Vital statistics of India. Vol. IV, Annual returns from 1871 to 1876. British Army of India, Native Army and jails of Bengal
Year: 1871
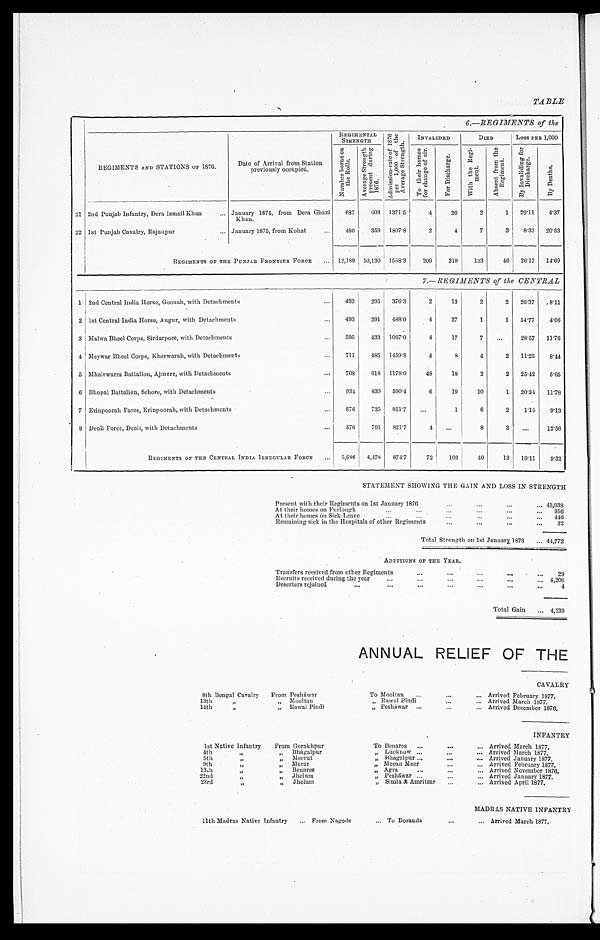
TABLE
6.—REGIMENTS of the
REGIMENTS AND STATIONS OF 1876.
Date of Arrival from Station
previously occupied.
REGIMENTAL STRENGTH
A d m i s s i o n - r a t e o f 1 8 7 6
p e r 1 , 0 0 0 o f t h e
A v e r a g e S t r e n g t h . INVALIDED
DIED
Loss PER 1,000
N u m b e r b o r n e o n
t h e R o l l s .
A v e r a g e S t r e n g t h
p r e s e n t d u r i n g
1876.
T o t h e i r h o m e s
f o r c h a n g e o f a i r .
F o r D i s c h a r g e .
W i t h t h e R e g i -
ment .
A b s e n t f r o m t h e
R e g i m e n t .
B y I n v a l i d i n g f o r
D i s c h a r g e .
B y D e a t h s .
21 2nd Punj ab I nf ant r y, Der a I smai l Khan
January 1875, from Dera Ghazi
Khan.
687 603 1371.5
4 20
2
1 29.11 4.37
22 1st Punjab Cavalry, Rajanpur January 1875, from Kohat
480 359 1807.8
2
4
7
3 8.33 20.83
REGIMENTS OFT H E P U N J A B
F R O N T I E R
FORCE
12,189 10,130 1568.3 209 319 133 46 26.17 14.69
7.—REGIMENTS of the CENTRAL
1 2nd Central India Horse, Goonah, with Detachments
493 295 376.3
2 13
2
2 26.37 8 . 1 1
2 1st Central India Horse, Augur, with Detachments
493 291 488.0
4 27
1
1 54.77 4 . 0 6
3 Malwa Bheel Corps, Sirdarpore, with Detachments 595 433 1067.0
4 17
7
28.57 1 1 . 7 6
4 Meywar Bheel Corps, Kherwarah, with Detachments 711 485 1459.8
4
8
4
2 11.25 8 . 4 4
5 Mhairwarra Battalion, Ajmere, with Detachments
708 618 1178.0 48 18
2
2 25.42 5 . 6 5
6 Bhopal Battalion, Sehore, with Detachments
934 830 590.4
6 19 10
1 20.34 1 1 . 7 8
7 Erinpoorah Force, Erinpoorah, w i t h D e t a c h m e n t s 876 735 851.7
1
6
2 1.14 9 . 1 3
8 Deoli Force, Deoli, with Detachments
876 791 821 . 7 4
8
3
1 2 . 5 6
REGIMENTS OF THEC E N T R A L I N D I A I R R E G U L A RF
O R C E
5,686 4,478 874.7 72 103 40 13 18.11 9 . 3 2
STATEMENT SHOWING THE GAIN AND LOSS IN STRENGTH
Present with their Regiments on 1st January 1876
43,938
At their homes on Furlough
356
At their homes on Sick Leave
446
Remaining sick in the Hospitals of other Regiments
32
Total Strength on 1st January, 1876
44,772
ADDITIONS O F
T H E Y E A R .
Transfers received from other Regimen ts
29
R e c r u i t s r e c e i v e d d u r i n g t h e y e a r
4,206
Deserters rejoined
4
Total Gain
4,239
ANNUAL RELIEF OF THE
CAVALRY
8 t h B e n g a l C a v a l r y From Pesháwar
To M o o l t a n
Arrived February 1877.
13th „„ Mooltan
„ Rawal Pindi
Arrived March 1877.
14th „„ Rawal Pindi
„ Pesháwar
Arrived December 1876.
INFANTRY
1 s t
N a t i v e I n f a n t r y From Gorakhpur
To Benares
Arrived March 1877.
4th „„ Bhagalpur
„ Lucknow
Arrived March 1877.
5th „ „„ Meerut
„ Bhágalpur
Arrived January 1877.
9th „ „„ Morar
„ Meean Meer
Arrived February 1877.
13th „
„ B e n a r e s
„
„ Agra
Arrived November 1876.
22nd „„ Jhelum
„ Pesháwar
Ar r i ved Januar y 1877.
23rd „
„
Jhelum
„ Simla &A m r i t s a r
Arrived April 1877.
MADRAS NATIVE INFANTRY
11th Madras Native Infantry
From Nagode
To D o r a n d a
Arrived March 1877.